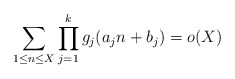
\begin{align*} \sum_{1 \leq n \leq X} \prod_{j=1}^k g_j(a_j n + b_j) = o(X)\end{align*}